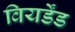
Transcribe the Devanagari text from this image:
वियर्डेंड